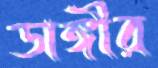
ডাঙ্গীর